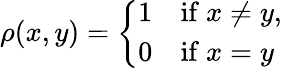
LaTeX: \rho(x,y)=\left\{ {\begin{array}{ll}{1}&{{\mathrm{if}}\ x\neq y,}\\ {0}&{{\mathrm{if}}\ x=y}\end{array}}\right.